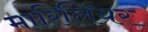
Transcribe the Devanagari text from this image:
मारिलियर